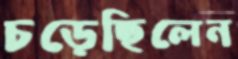
চড়েছিলেন